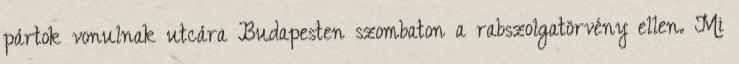
pártok vonulnak utcára Budapesten szombaton a rabszolgatörvény ellen. Mi